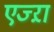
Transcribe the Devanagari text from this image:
एज्ऱा